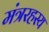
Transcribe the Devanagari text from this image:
मंत्ररहस्य